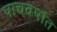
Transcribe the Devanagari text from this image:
पाचवर्षात